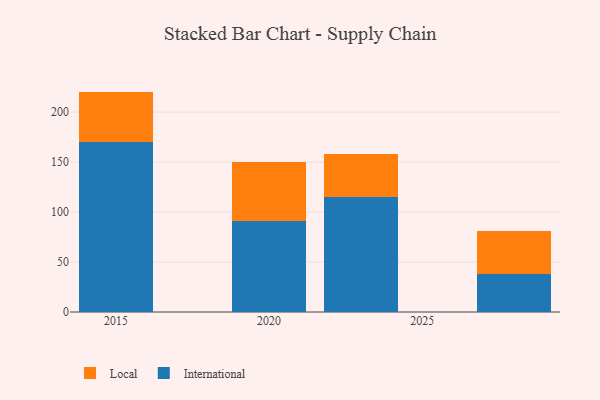
{"axis": {"x": "Year", "y": "Production Output"}, "legend": ["International", "Local"], "data": [{"x": "2028", "y": 37.7, "type": "International"}, {"x": "2028", "y": 43.4, "type": "Local"}, {"x": "2023", "y": 115.6, "type": "International"}, {"x": "2023", "y": 42.4, "type": "Local"}, {"x": "2020", "y": 90.9, "type": "International"}, {"x": "2020", "y": 59.2, "type": "Local"}, {"x": "2015", "y": 169.9, "type": "International"}, {"x": "2015", "y": 50.7, "type": "Local"}]}